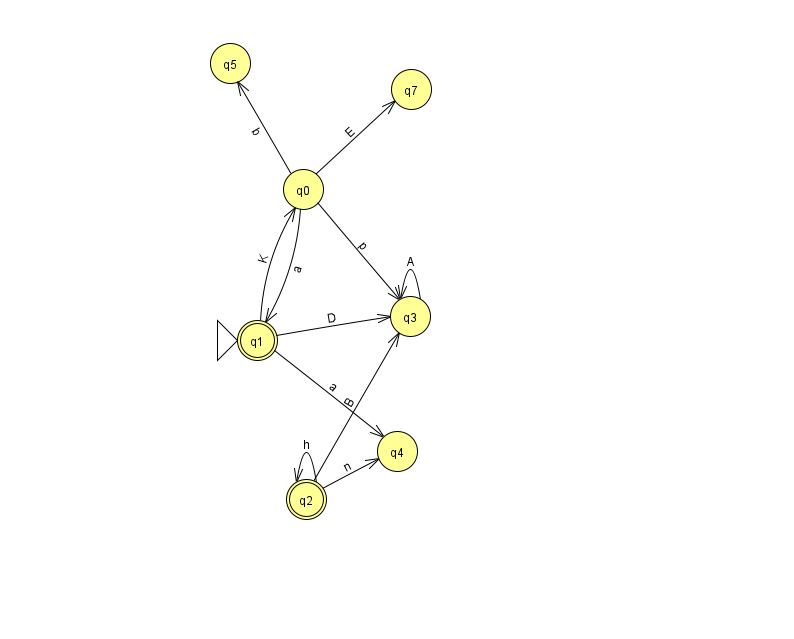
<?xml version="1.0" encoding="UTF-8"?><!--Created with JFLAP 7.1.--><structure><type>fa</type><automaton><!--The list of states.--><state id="0" name="q0"><x>303.0</x><y>176.0</y></state><state id="1" name="q1"><x>257.0</x><y>327.0</y><initial/><final/></state><state id="2" name="q2"><x>306.0</x><y>486.0</y><final/></state><state id="3" name="q3"><x>410.0</x><y>303.0</y></state><state id="4" name="q4"><x>397.0</x><y>438.0</y></state><state id="5" name="q5"><x>230.0</x><y>50.0</y></state><state id="7" name="q7"><x>411.0</x><y>76.0</y></state><!--The list of transitions.--><transition><from>0</from><to>7</to><read>E</read></transition><transition><from>2</from><to>4</to><read>n</read></transition><transition><from>3</from><to>3</to><read>A</read></transition><transition><from>0</from><to>1</to><read>a</read></transition><transition><from>2</from><to>2</to><read>h</read></transition><transition><from>2</from><to>3</to><read>B</read></transition><transition><from>0</from><to>3</to><read>p</read></transition><transition><from>1</from><to>0</to><read>K</read></transition><transition><from>1</from><to>4</to><read>a</read></transition><transition><from>0</from><to>5</to><read>b</read></transition><transition><from>1</from><to>3</to><read>D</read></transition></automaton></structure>